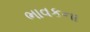
ભાવકના